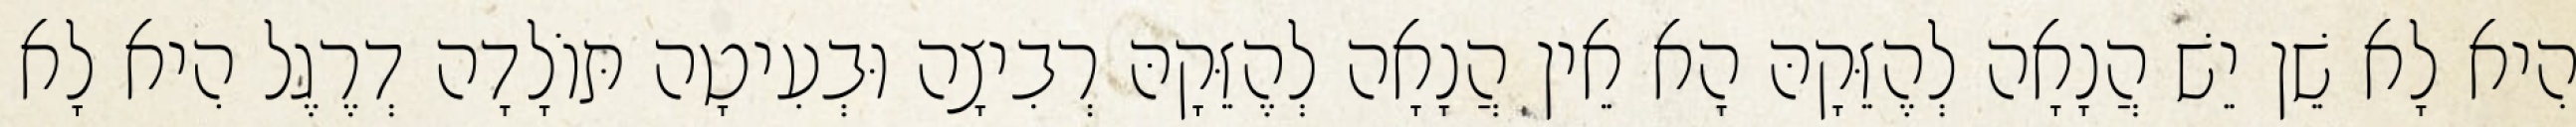
הִיא לָא שֵׁן יֵשׁ הֲנָאָה לְהֶזֵּקָהּ הָא אֵין הֲנָאָה לְהֶזֵּקָהּ רְבִיצָה וּבְעִיטָה תּוֹלָדָה דְרֶגֶל הִיא לָא